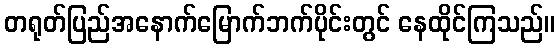
တရုတ်ပြည်အနောက်မြောက်ဘက်ပိုင်းတွင် နေထိုင်ကြသည်။